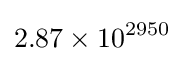
2.87\times 10^{2950}